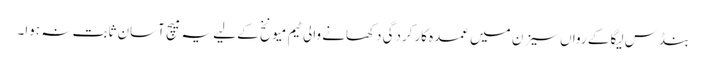
بنڈس لیگا کے رواں سیزن میں عمدہ کارکردگی دکھانے والی ٹیم میونخ کے لیے یہ میچ آسان ثابت نہ ہوا۔